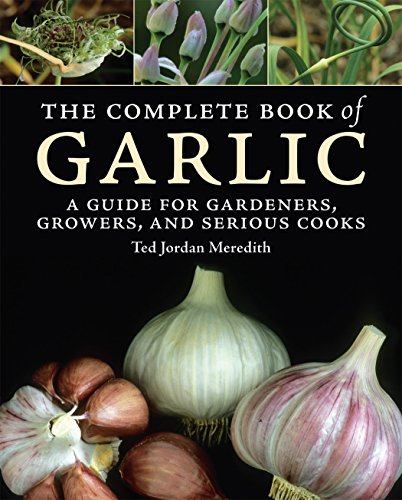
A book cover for The Complete Book of Garlic: A Guide for Gardeners, Growers, and Serious Cooks; Ted Jordan Meredith; Cookbooks, Food & Wine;